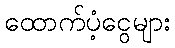
ထောက်ပံ့ငွေများ